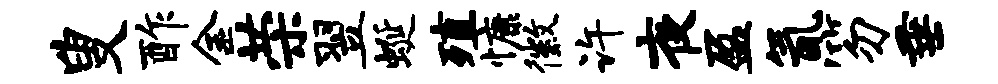
叟酢金荣翌蜒殖慷徽许夜盈氤笏垂